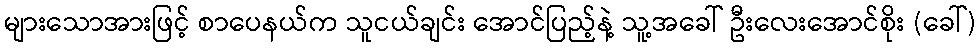
များသောအားဖြင့် စာပေနယ်က သူငယ်ချင်း အောင်ပြည့်နဲ့ သူ့အခေါ် ဦးလေးအောင်စိုး (ခေါ်)